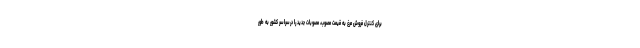
برای کنترل فروش مرغ به قیمت مصوب، مصوبات جدید را درسراسر کشور به طور